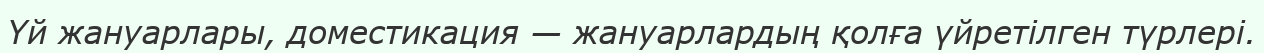
Үй жануарлары, доместикация — жануарлардың қолға үйретілген түрлері.